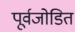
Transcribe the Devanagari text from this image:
पूर्वजोडित